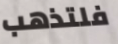
فلتذهب